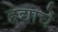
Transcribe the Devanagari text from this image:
हृद्याचे